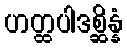
ဟတ္ထပါဒစ္ဆိန္နံ